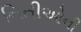
નિતીઓની